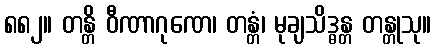
၈၈၂။ တန္တိ ဝီဏာဂုဏေ၊ တန္တံ၊ မုချသိဒ္ဓန္တ တန္တုသု။